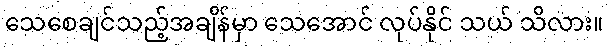
သေစေချင်သည့်အချိန်မှာ သေအောင် လုပ်နိုင် သယ် သိလား။